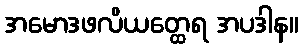
အမောဒဖလိယတ္ထေရ အပဒါန။